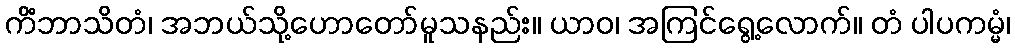
ကိံဘာသိတံ၊ အဘယ်သို့ဟောတော်မူသနည်း။ ယာဝ၊ အကြင်ရွေ့လောက်။ တံ ပါပကမ္မံ၊